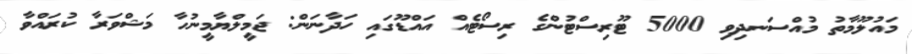
މައުލޫމާތު މުއްސަނދިވި 5000 ޓޫރިސްޓުންގެ ރިސޯޓެއް އައްޑޫގައި ހަދާނަން: ޖަމީލްޔާމީނުހާ މަޝްވަރާ ކުރައްވާ